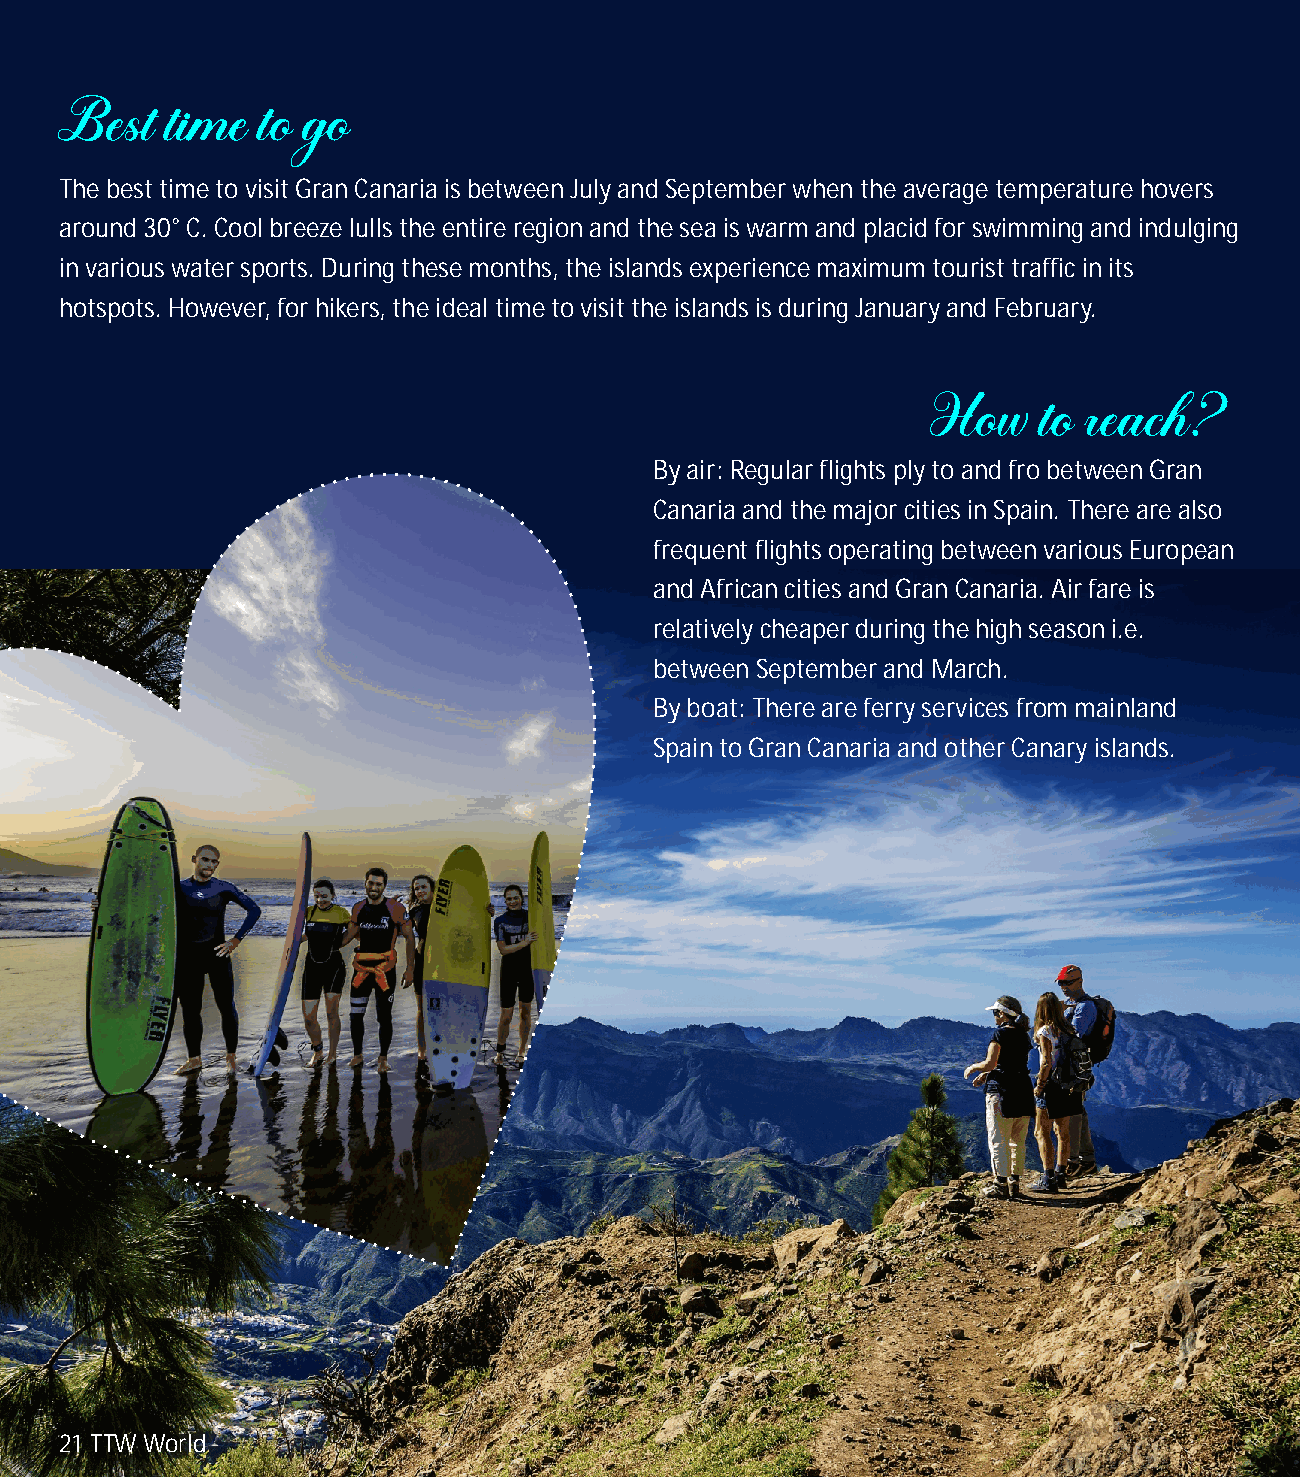
The best time to visit Gran Canaria is between July and September when the average temperature hovers
 around 30° C. Cool breeze lulls the entire region and the sea is warm and placid for swimming and indulging
 in various water sports. During these months, the islands experience maximum tourist traffic in its
 hotspots. However, for hikers, the ideal time to visit the islands is during January and February.
 By air: Regular flights ply to and fro between Gran
 Canaria and the major cities in Spain. There are also
 frequent flights operating between various European
 and African cities and Gran Canaria. Air fare is
 relatively cheaper during the high season i.e.
 between September and March.
 By boat: There are ferry services from mainland
 Spain to Gran Canaria and other Canary islands.
 21 TTW World